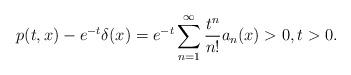
LaTeX: \begin{align*} p(t,x)-e^{-t}\delta(x)=e^{-t}\sum_{n=1}^\infty \frac{t^n}{n !}a_n(x)>0, t>0.\end{align*}